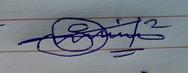
Signature authenticity: genuine